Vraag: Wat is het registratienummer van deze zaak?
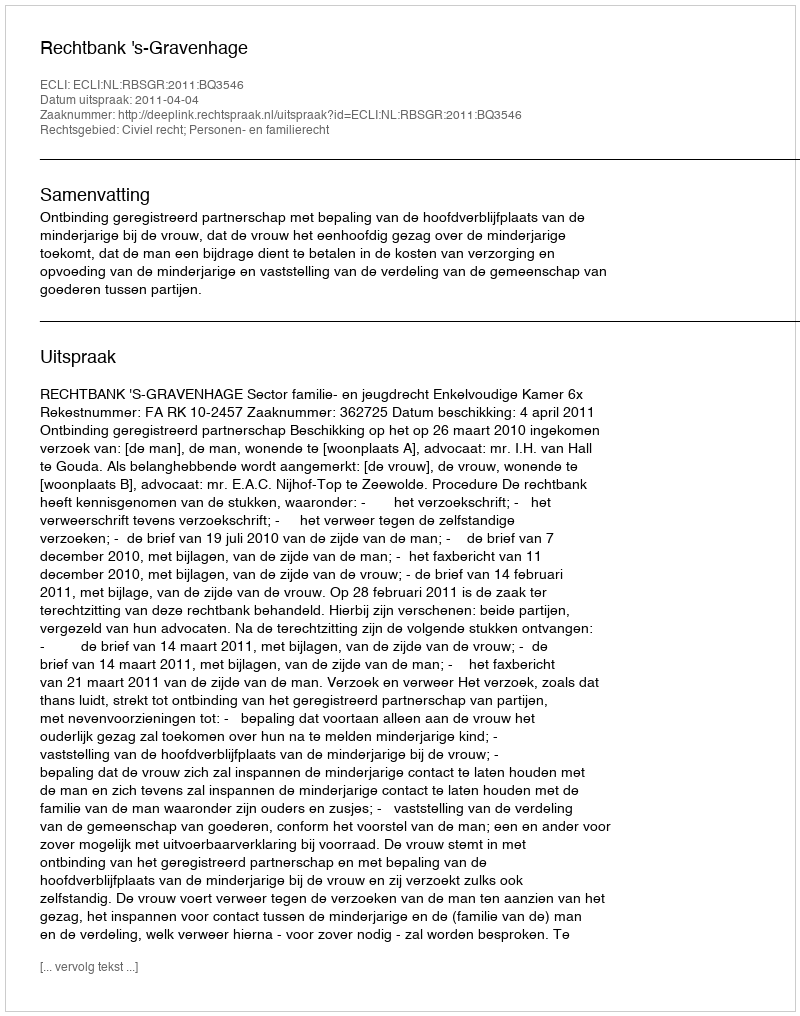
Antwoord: http://deeplink.rechtspraak.nl/uitspraak?id=ECLI:NL:RBSGR:2011:BQ3546